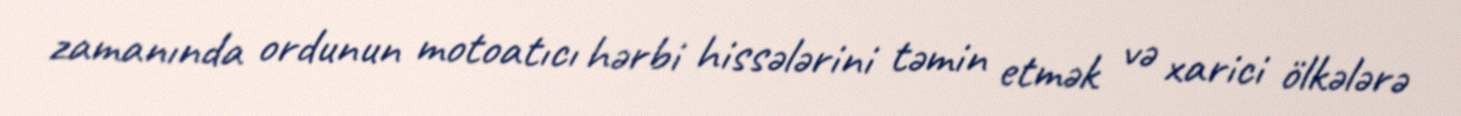
zamanında ordunun motoatıcı hərbi hissələrini təmin etmək və xarici ölkələrə